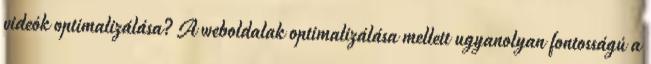
videók optimalizálása? A weboldalak optimalizálása mellett ugyanolyan fontosságú a